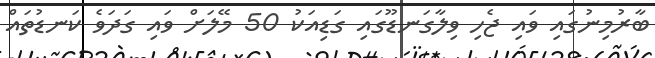
ބާރުމިނުގައި ވައި ޖެހި ވިލާގަނޑޫގައި ގަޑިއަކު 50 މޭލަށް ވައި ގަދަވެ ކަނޑުތައް